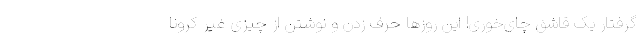
گرفتار یک قاشق چای‌خوری! این روزها حرف زدن و نوشتن از چیزی غیر کرونا